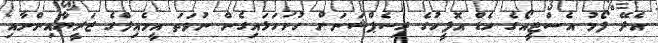
އެދޭ ފޯމު އެސްޓީއޯގެ ހެޑް އޮފީހުގެ ރިސެޕްޝަނަށް ހުށަހަޅައިގެން ނުވަތަ އީމެއިލްގެ ޒަރީޔާއިންނާއި